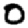
Digit: 0